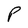
Character: P